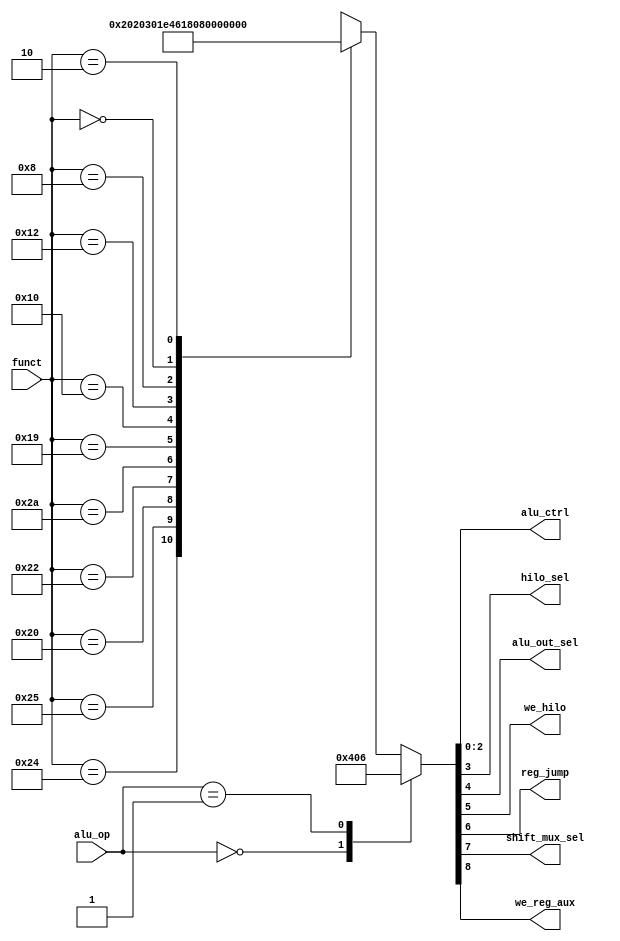
module auxdec (
        input  wire [1:0] alu_op,
        input  wire [5:0] funct,
        output wire [2:0] alu_ctrl,
        output wire       hilo_sel,
        output wire       alu_out_sel,
        output wire       we_hilo,
        output wire       reg_jump,
        output wire       shift_mux_sel,
        output wire       we_reg_aux
    );

    reg [8:0] ctrl;

    assign {we_reg_aux, shift_mux_sel, reg_jump, we_hilo, alu_out_sel, hilo_sel, alu_ctrl} = ctrl;

    always @ (alu_op, funct) begin
        case (alu_op)
            2'b00: ctrl = 'b0_0_0_0_0_0_010;          // ADD
            2'b01: ctrl = 'b0_0_0_0_0_0_110;          // SUB
            default: case (funct)
                6'b10_0100: ctrl = 'b0_0_0_0_0_0_000; // AND
                6'b10_0101: ctrl = 'b0_0_0_0_0_0_001; // OR
                6'b10_0000: ctrl = 'b0_0_0_0_0_0_010; // ADD
                6'b10_0010: ctrl = 'b0_0_0_0_0_0_110; // SUB
                6'b10_1010: ctrl = 'b0_0_0_0_0_0_111; // SLT
                6'b01_1001: ctrl = 'b1_0_0_1_0_0_011; // MULTU
                6'b01_0000: ctrl = 'b0_0_0_0_1_1_000; // MFHI
                6'b01_0010: ctrl = 'b0_0_0_0_1_0_000; // MFLO
                6'b00_1000: ctrl = 'b0_0_1_0_0_0_000; // JR
                6'b00_0000: ctrl = 'b0_1_0_0_0_0_100; // SLL
                6'b00_0010: ctrl = 'b0_1_0_0_0_0_101; // SLR
                default:    ctrl = 'bx_x_x_x_x_xxx;
            endcase
        endcase
    end

endmodule